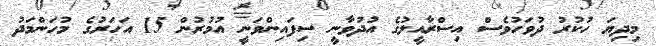
މިދިޔަ ހުކުރު ދުވަހުވެސް އިސްރާއީލުގެ އުދުވާނީ ސިފައިންވަނީ އުމުރުން 15 އަހަރުގެ މުހަންމަދު